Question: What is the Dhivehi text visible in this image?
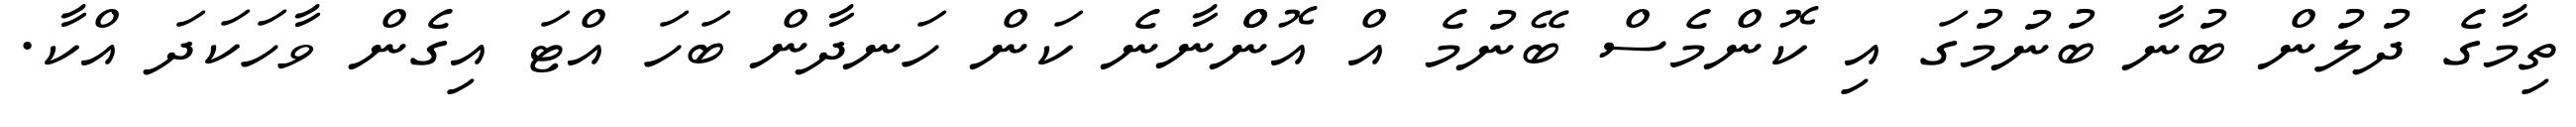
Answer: ތިމާގެ ދުލުން ބުނާ ބުނުމުގަ އި ކޮންމެސް ބޭނުމެ އް އޮންްނާނެ ކަން ހަނދާން ބަހަ އްޓަ އިގެން ވާހަކަދަ އްކާ.